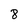
Character: 8